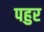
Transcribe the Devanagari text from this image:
पहुर